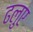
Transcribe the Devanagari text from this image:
ढलुए